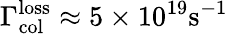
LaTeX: \Gamma_{\mathrm{col}}^{\mathrm{loss}}\approx 5\times 10^{19}\mathrm{s}^{-1}